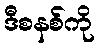
ဒီစနစ်ကို